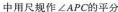
中用尺规作∠APC的平分